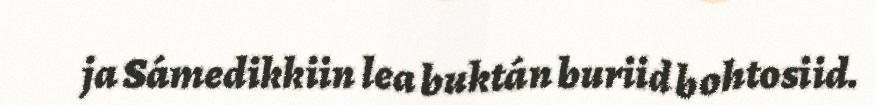
ja Sámedikkiin lea buktán buriid bohtosiid.